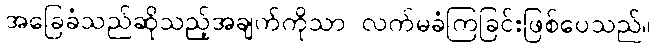
အခြေခံသည်ဆိုသည့်အချက်ကိုသာ လက်မခံကြခြင်းဖြစ်ပေသည်။